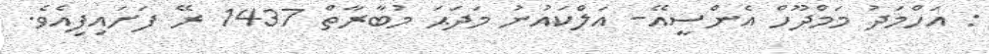
: އަހްމަދު މަމްދޫހް އެންސީއޭ- އަލްކައުނު މަދަޙަ މުބާރާތް 1437 ރޭ ފަށައިފިއެވެ.